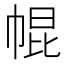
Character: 𢃚